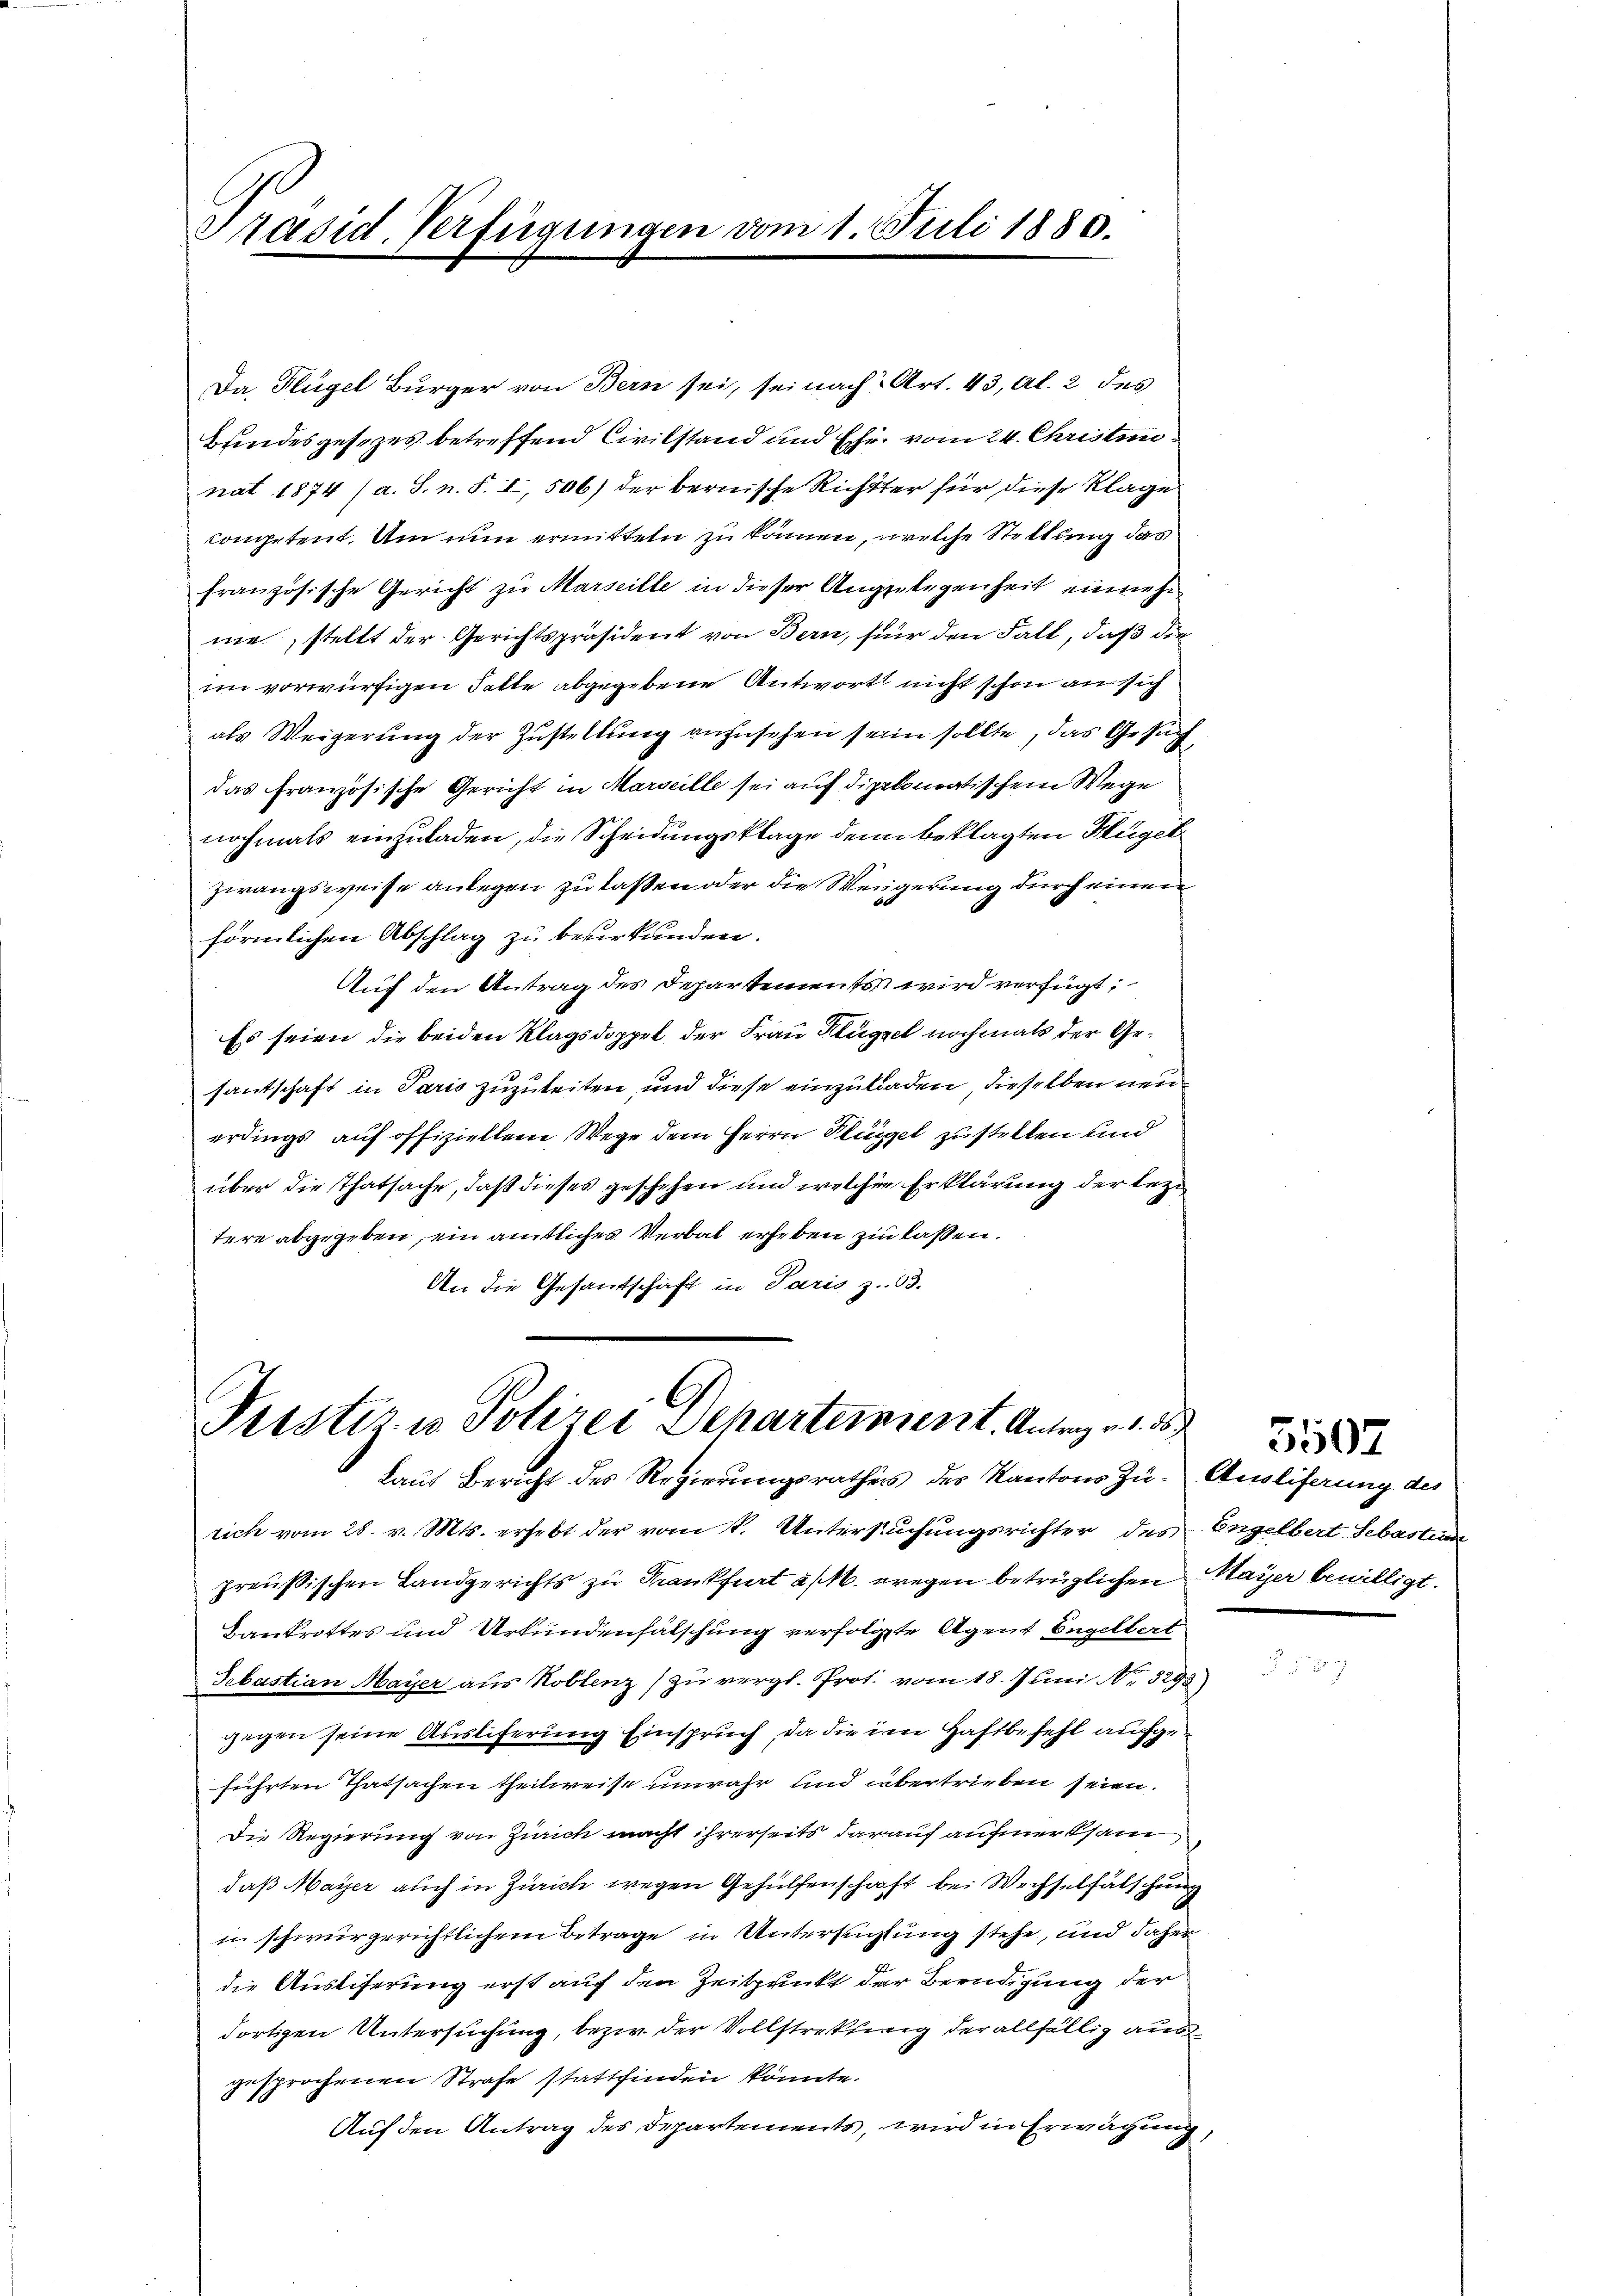
Präsid. Verfügungen vom 1. Juli 1880.

Da Flügel Bürger von Bern sei, sei nach Art. 43, Al. 2 des
Bundesgesezes betreffend Civilstand und Ehr, vom 24. Christen
nat 1874 (a. S. n. F. I, 506) der bernische Richtter für diese Klage
competent. Um nun ermitteln zu können, welche Stellung das
französische Gericht zu Marseille in dieser Angelegenheit einnehme, stellt der Gerichtspräsident von Bern, für den Fall, daß die
im vorwürfigen Falle abgegebene Antwort nicht schon an sich
als Weigerung der Zustellung anzusehen sein sollte, das Gesuch
das französische Gericht in Marseille sei auf diplomatischem Wege
nochmals einzuladen, die Scheidungsklage denn beklagten Hügel
zwangsweise anlegen zu laßen oder die Weigerung durch einen
förmlichen Abschlag zu beurkunden.
Auf den Antrag des Departements wird verfügt:
Es seien die beiden Klagsdoppel der Frau Klügel nochmals der Gesantschaft in Paris zuzuleiten, und diese einzuladen, dieselben neu
erdings auf offiziellem Wege dem Herrn Plüppel zustellen und
über die Thatsache, daß dieses geschehen und welcher Erklärung der lezitere abgegeben, ein amtliches Verbal erheben zu lassen.
An die Gesantschaft in Paris z. 63.

Prister u. Polizei Departement. Antrag v. 3.
Laut Bericht des Regierungsrathes des Kantons Zu- Ausliferung des

rich vom 28. v. Mts. erhebt der vom 1. Untersuchungsrichter des Engelbert Sebastan
preußischen Landgerichts zu Krankfurt a/M. wegen betrüglichen Mayer bewilligt.
Bankrottes und Urkundenfälschung verfolgte Agent Engelbert
Sebastian Mayer aus Koblenz) zu vergl. Prot. vom 18. Juni No 3293)
gegen seine Austiferung Einspruch, da die im Haftbefehl aufgeführten Thatsachen theilweise unwahr und übertrieben seien.
Die Regierung von Zürich macht ihrerseits darauf aufmerksam
daß Mayer auch in Zürich wegen Gehülfenschaft bei Wechselfälschung
in schwurgerichtlichem Betrage in Untersuchtung stehe, und daher
die Ausliferung erst auf den Zeitpunkt der Beendigung der
dortigen Untersuchung, bezw. der Vollstrekling der allfällig aus
gesprochenen Strafe stattfinden könnte.
Auf den Antrag des Departements, wird in Erwägung,

5507